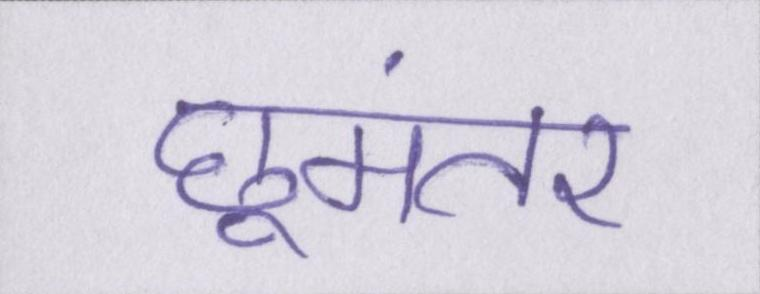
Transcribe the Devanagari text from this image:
छूमंतर